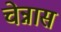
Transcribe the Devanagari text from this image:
चेन्नास